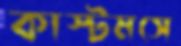
কাস্টমসে